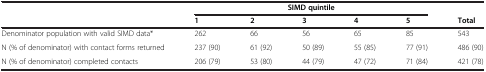
<table><thead><tr><td><b> </b></td><td colspan="5"><b>SIMD quintile</b></td><td><b> </b></td></tr><tr><td><b> </b></td><td><b>1</b></td><td><b>2</b></td><td><b>3</b></td><td><b>4</b></td><td><b>5</b></td><td><b>Total</b></td></tr></thead><tbody><tr><td>Denominator population with valid SIMD data*</td><td>262</td><td>66</td><td>56</td><td>65</td><td>85</td><td>543</td></tr><tr><td>N (% of denominator) with contact forms returned</td><td>237 (90)</td><td>61 (92)</td><td>50 (89)</td><td>55 (85)</td><td>77 (91)</td><td>486 (90)</td></tr><tr><td>N (% of denominator) completed contacts</td><td>206 (79)</td><td>53 (80)</td><td>44 (79)</td><td>47 (72)</td><td>71 (84)</td><td>421 (78)</td></tr></tbody></table>